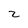
Character: z